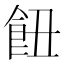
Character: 𩚖